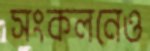
সংকলনেও